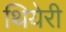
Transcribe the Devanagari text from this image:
थियेरी